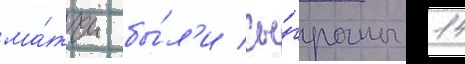
ма́тчи бы́л'и сы́граны 14